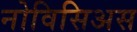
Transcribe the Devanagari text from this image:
नोविसिअस